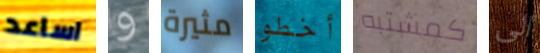
اساعد و مثيرة أخطو كمشتبه الى